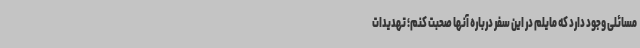
مسائلی وجود دارد که مایلم در این سفر درباره آنها صحبت کنم؛ تهدیدات